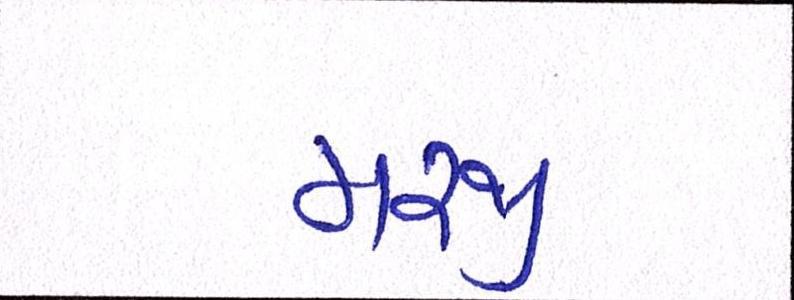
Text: મરજી